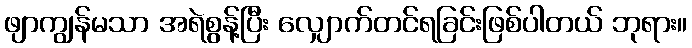
ဖျာကျွန်မသာ အရဲစွန့်ပြီး လျှောက်တင်ရခြင်းဖြစ်ပါတယ် ဘုရား။